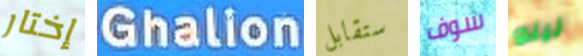
إختار Ghalion ستقابل سوف لينو